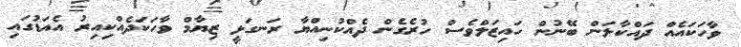
ވާހަކައެއް ދައްކާލަން ބޭނުން ހައިޒަލްވެސް ހުރެގެން ދެއްކުނިއްޔާ ރަނގަޅީ ޒިޔާމް ވާހަކަދެއްކިއިރު އެއަޑުގައި